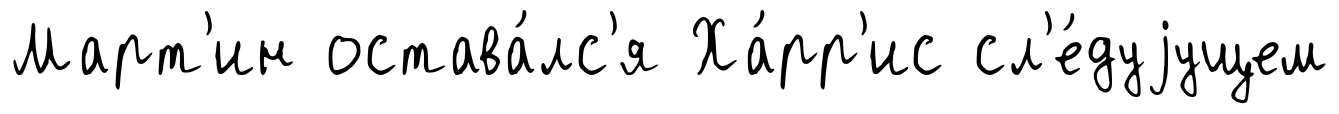
Март'ин остава́лс'я Ха́рр'ис сл'е́дуjущем